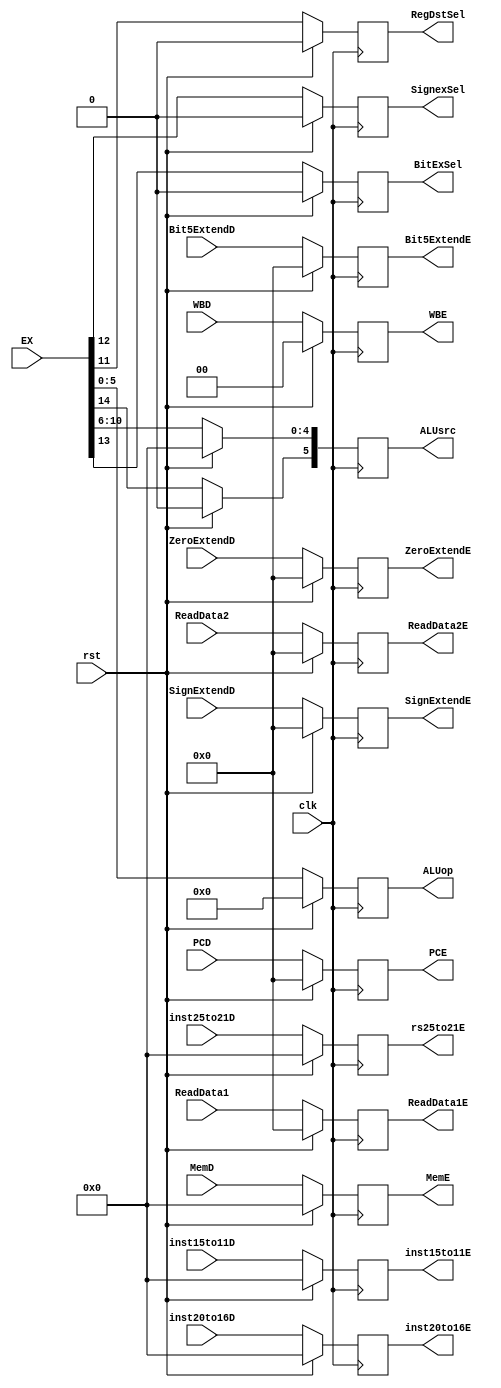
`timescale 1ns / 1ps
//////////////////////////////////////////////////////////////////////////////////
// Company: 
// Engineer: 
// 
// Design Name: 
// Module Name: DtoE
// Project Name: 
// Target Devices: 
// Tool Versions: 
// Description: 
// 
// Dependencies: 
// 
// Revision:
// Revision 0.01 - File Created
// Additional Comments:
// 
//////////////////////////////////////////////////////////////////////////////////


module DtoE(clk, rst, WBD, MemD, EX, PCD, ReadData1, ReadData2, SignExtendD, ZeroExtendD, Bit5ExtendD, 
            inst25to21D, inst20to16D, inst15to11D, WBE, MemE, ALUop, RegDstSel, SignexSel, BitExSel, 
            ALUsrc, PCE, ReadData1E, ReadData2E, SignExtendE, ZeroExtendE, Bit5ExtendE, rs25to21E, inst20to16E, inst15to11E);
  
  			output reg [31:0] PCE, ReadData1E, ReadData2E, SignExtendE, ZeroExtendE, Bit5ExtendE;
            output reg [4:0] inst20to16E, inst15to11E, rs25to21E;
            output reg [5:0] ALUop;
            output reg [4:0] MemE;
            output reg [1:0] WBE;
            output reg RegDstSel, SignexSel, BitExSel;// ExtendSel
  			output reg [5:0] ALUsrc;
  
           input [31:0] PCD, SignExtendD, ZeroExtendD, Bit5ExtendD, ReadData1, ReadData2;
  					input [14:0] EX;
            input [4:0] inst20to16D, inst15to11D, inst25to21D;
            input [4:0] MemD;
            input [1:0] WBD;
            input clk, rst; 
            
            always @(posedge clk)begin
                    if(rst) begin
                      PCE <= 0;
                      ReadData1E <= 0;
                      ReadData2E <= 0;
                      SignExtendE<=0; 
                      ZeroExtendE<=0; 
                      Bit5ExtendE<=0;
            		  inst20to16E <= 0;
                      inst15to11E <= 0;
                      rs25to21E<=0;
            		  ALUop <= 0;
                      MemE <= 0;
                      WBE <= 0;
                      RegDstSel <= 0;
                      SignexSel <= 0;
                      BitExSel <= 0;
                      ALUsrc <= 0;
                      end
                    else begin
                      PCE <= PCD;
                      ReadData1E <= ReadData1;
                      ReadData2E <= ReadData2;
                      SignExtendE<=SignExtendD; 
                      ZeroExtendE<=ZeroExtendD; 
                      Bit5ExtendE<=Bit5ExtendD;
            		  inst20to16E <= inst20to16D;
                      inst15to11E <= inst15to11D;
                      rs25to21E <=inst25to21D;
                      MemE <= MemD;
                      WBE <= WBD;
                      ALUop <= EX[5:0];
                      ALUsrc[4:0] <= EX[10:6];// ASel/BSel
                      ALUsrc[5] <= EX[14];   //ALUbMux
                      RegDstSel <= EX[11];
                      SignexSel <= EX[12];
                      BitExSel <= EX[13];
                        end
                   end
            
            
endmodule